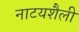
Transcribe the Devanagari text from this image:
नाटयशैली